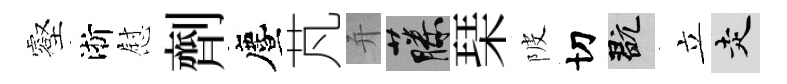
壑淅慰劑󵨌芃并藤琹陂切玩立走